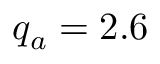
q _ { a } = 2 . 6